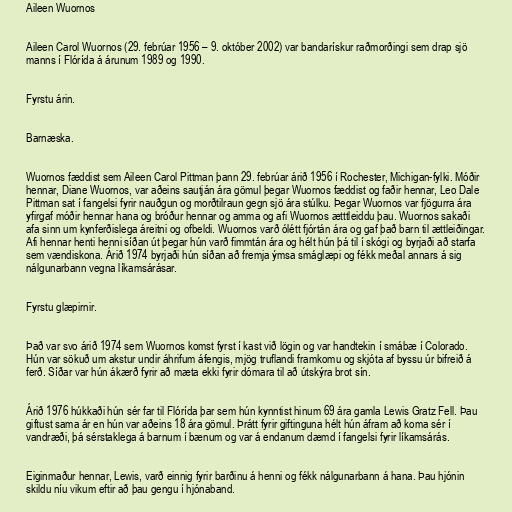
Aileen Wuornos

Aileen Carol Wuornos (29. febrúar 1956 – 9. október 2002) var bandarískur raðmorðingi sem drap sjö
manns í Flórída á árunum 1989 og 1990.

Fyrstu árin.

Barnæska.

Wuornos fæddist sem Aileen Carol Pittman þann 29. febrúar árið 1956 í Rochester, Michigan-fylki. Móðir
hennar, Diane Wuornos, var aðeins sautján ára gömul þegar Wuornos fæddist og faðir hennar, Leo Dale
Pittman sat í fangelsi fyrir nauðgun og morðtilraun gegn sjö ára stúlku. Þegar Wuornos var fjögurra ára
yfirgaf móðir hennar hana og bróður hennar og amma og afi Wuornos ætttleiddu þau. Wuornos sakaði
afa sinn um kynferðislega áreitni og ofbeldi. Wuornos varð ólétt fjórtán ára og gaf það barn til ættleiðingar.
Afi hennar henti henni síðan út þegar hún varð fimmtán ára og hélt hún þá til í skógi og byrjaði að starfa
sem vændiskona. Árið 1974 byrjaði hún síðan að fremja ýmsa smáglæpi og fékk meðal annars á sig
nálgunarbann vegna líkamsárásar.

Fyrstu glæpirnir.

Það var svo árið 1974 sem Wuornos komst fyrst í kast við lögin og var handtekin í smábæ í Colorado.
Hún var sökuð um akstur undir áhrifum áfengis, mjög truflandi framkomu og skjóta af byssu úr bifreið á
ferð. Síðar var hún ákærð fyrir að mæta ekki fyrir dómara til að útskýra brot sín.

Árið 1976 húkkaði hún sér far til Flórída þar sem hún kynntist hinum 69 ára gamla Lewis Gratz Fell. Þau
giftust sama ár en hún var aðeins 18 ára gömul. Þrátt fyrir giftinguna hélt hún áfram að koma sér í
vandræði, þá sérstaklega á barnum í bænum og var á endanum dæmd í fangelsi fyrir líkamsárás.

Eiginmaður hennar, Lewis, varð einnig fyrir barðinu á henni og fékk nálgunarbann á hana. Þau hjónin
skildu níu vikum eftir að þau gengu í hjónaband.